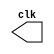
//Guia 09
//Rafael Moreira Melo-405834

module clock (clk);
	output clk;
	reg clk;

	initial begin
		clk = 1'b0;
	end
	
	always begin
		#1 clk = ~clk;
	end
endmodule

module Exercicio3 (signal, clock);
	input clock;
	output signal;
	reg signal;
	
	always @ ( clock ) begin
		signal = 1'b0;
		#6 signal = 1'b1;
		#6 signal = 1'b0;
	end
endmodule 

module teste;

 wire  clock;
 clock cck1 ( clock );
 wire saida;
 
 Exercicio3 EX3 (saida,clock);

 initial begin
  $display ( "Rafael Moreira Melo-405834" );
  $dumpvars (1,clock,saida);
  #120 $finish;
  
 end
 endmodule